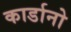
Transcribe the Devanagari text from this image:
कार्डानो